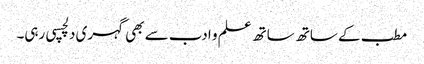
مطب کے ساتھ ساتھ علم و ادب سے بھی گہری دلچسپی رہی۔